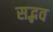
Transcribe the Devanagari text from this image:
सद्भव